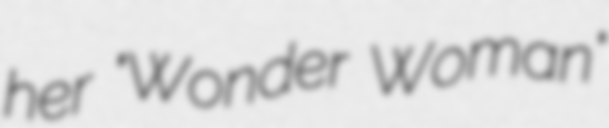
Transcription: her "Wonder Woman"